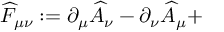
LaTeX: \widehat { F } _ { \mu \nu } : = \partial _ { \mu } \widehat { A } _ { \nu } - \partial _ { \nu } \widehat { A } _ { \mu } +